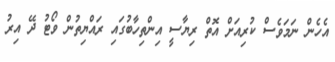
އެހެން ނަމަވެސް ކުރިއަށް އޮތް ރިޔާސީ އިންތިހާބުގައި ރައްޔިތުން ވޯޓު ދޭ އިރު